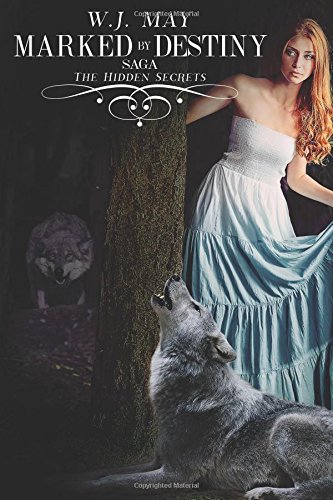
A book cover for Marked By Destiny (The Hidden Secrets Saga) (Volume 3); W.J. May; Science Fiction & Fantasy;